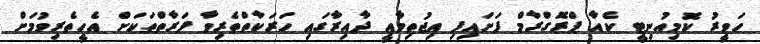
ހަވީރު ކޮމިއުނިޓީ ކެއާ ޕްރޮގްރާމް ފަށައިފި އިޖުތިމާއީ ދާއިރާގައި ހަރަކާތްތެރިވާ ފަރާތްތަކަށް އެހީތެރިވުމަށް